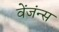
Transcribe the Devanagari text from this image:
वेंजंन्स